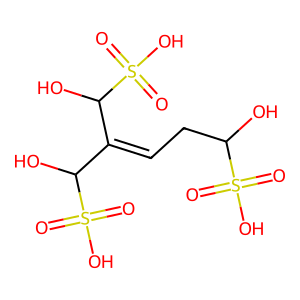
SMILES: O=S(=O)(O)C(O)CC=C(C(O)S(=O)(=O)O)C(O)S(=O)(=O)O
Inhibits HIV replication: No